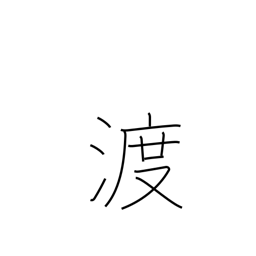
Meaning: transit